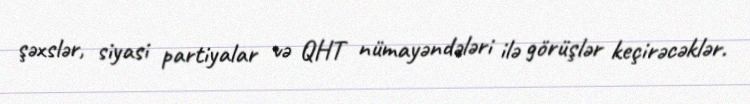
şəxslər, siyasi partiyalar və QHT nümayəndələri ilə görüşlər keçirəcəklər.